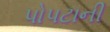
પોપટાની